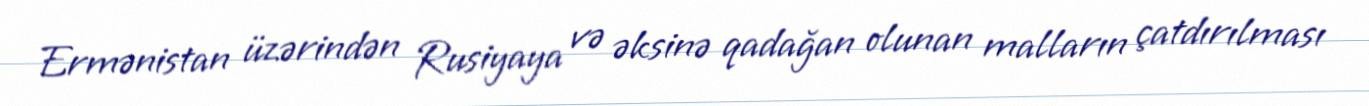
Ermənistan üzərindən Rusiyaya və əksinə qadağan olunan malların çatdırılması